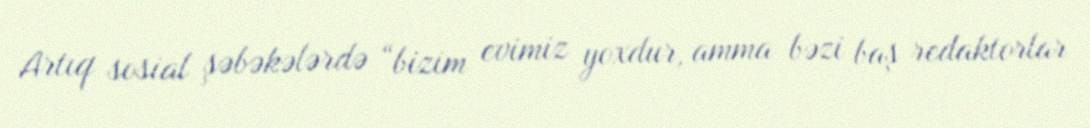
Artıq sosial şəbəkələrdə “bizim evimiz yoxdur, amma bəzi baş redaktorlar